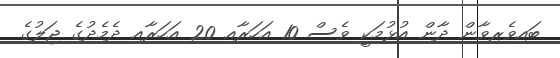
ބައިވެރިވާން ދާން އުޅުމަކީ ވެސް 10 އަހަރާއި 20 އަހަރާއި ދެމެދުގެ ޖަލުގެ